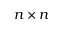
n \times n